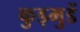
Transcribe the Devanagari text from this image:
कुड्मुडें